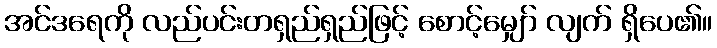
အင်ဒရေကို လည်ပင်းတရှည်ရှည်ဖြင့် စောင့်မျှော် လျက် ရှိပေ၏။